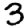
Digit: 3